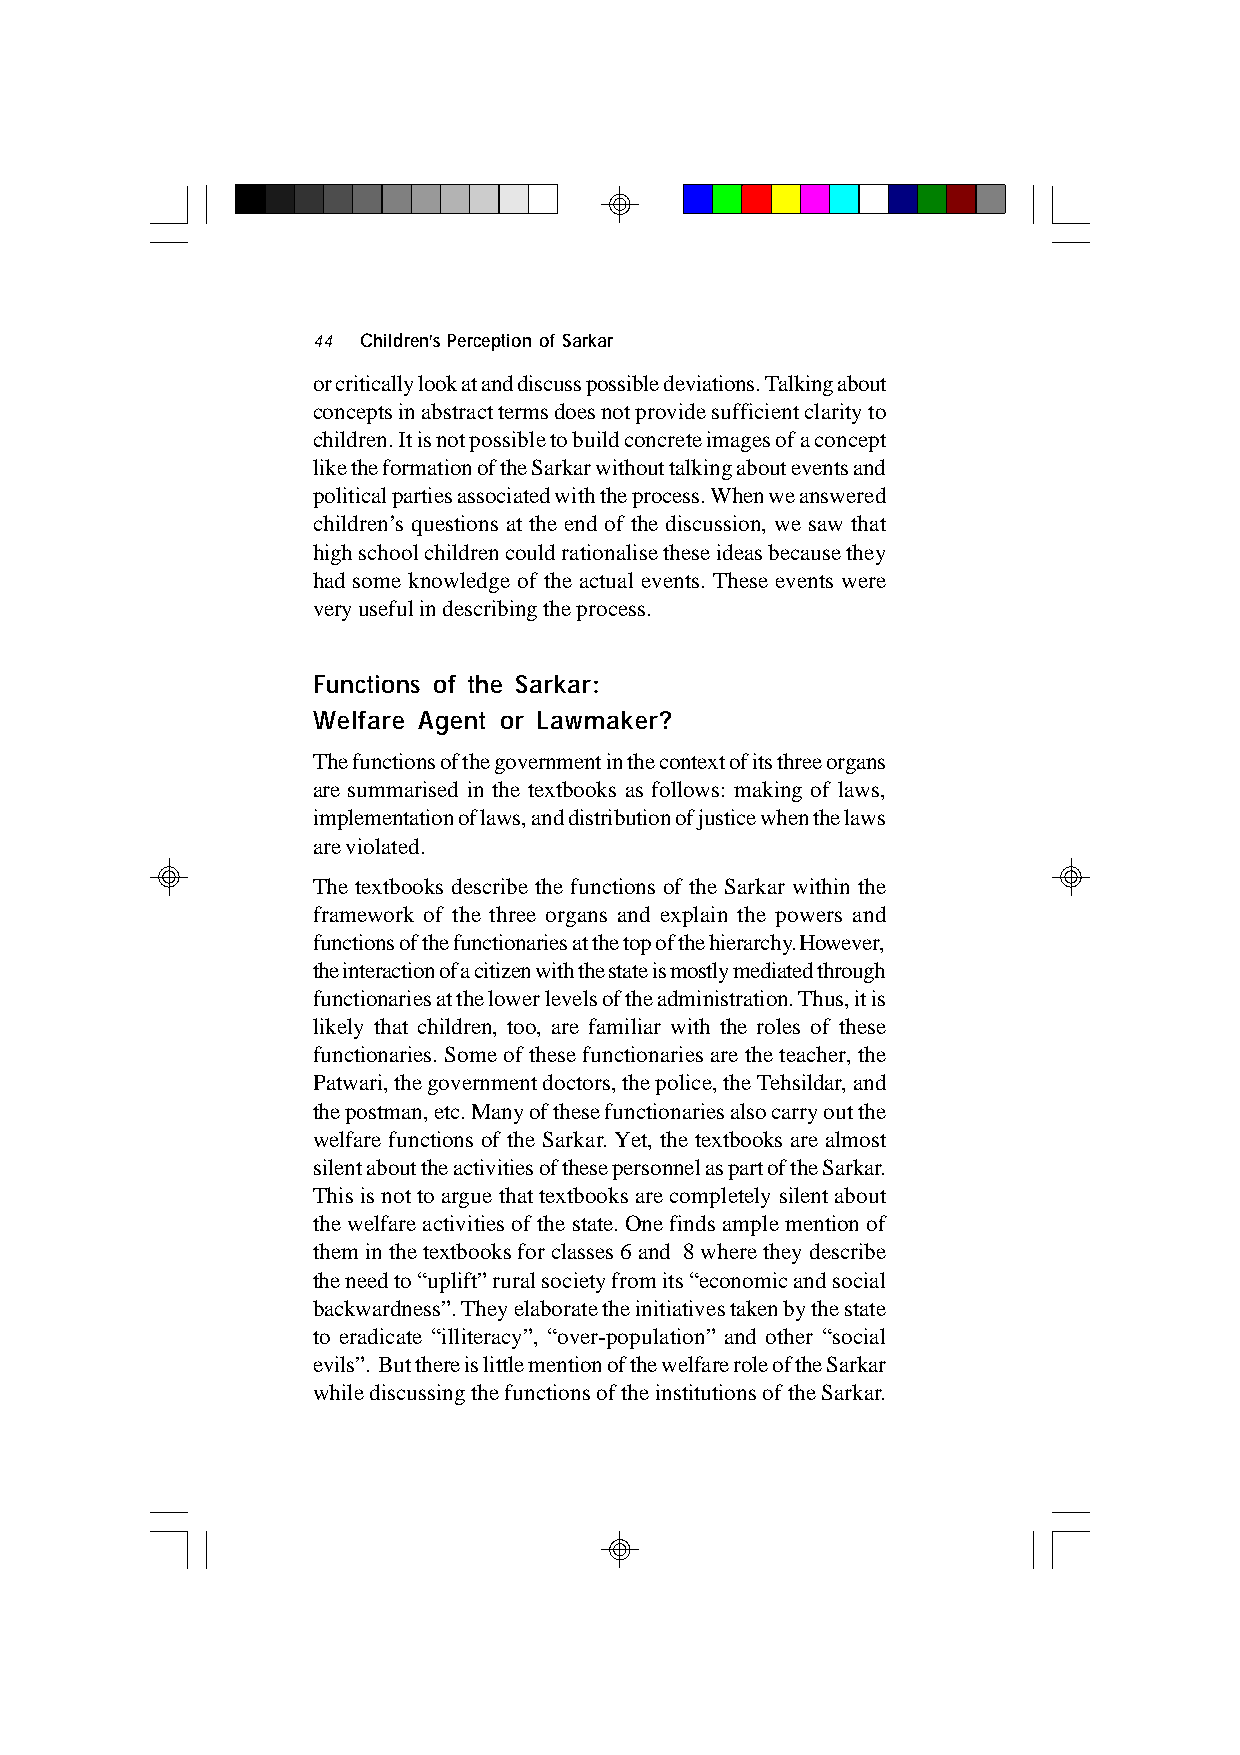
44 Children’s Perception of Sarkar
 or critically look at and discuss possible deviations. Talking about
 concepts in abstract terms does not provide sufficient clarity to
 children. It is not possible to build concrete images of a concept
 like the formation of the Sarkar without talking about events and
 political parties associated with the process. When we answered
 children’s questions at the end of the discussion, we saw that
 high school children could rationalise these ideas because they
 had some knowledge of the actual events. These events were
 very useful in describing the process.
 Functions of the Sarkar:
 Welfare Agent or Lawmaker?
 The functions of the government in the context of its three organs
 are summarised in the textbooks as follows: making of laws,
 implementation of laws, and distribution of justice when the laws
 are violated.
 The textbooks describe the functions of the Sarkar within the
 framework of the three organs and explain the powers and
 functions of the functionaries at the top of the hierarchy. However,
 the interaction of a citizen with the state is mostly mediated through
 functionaries at the lower levels of the administration. Thus, it is
 likely that children, too, are familiar with the roles of these
 functionaries. Some of these functionaries are the teacher, the
 Patwari, the government doctors, the police, the Tehsildar, and
 the postman, etc. Many of these functionaries also carry out the
 welfare functions of the Sarkar. Yet, the textbooks are almost
 silent about the activities of these personnel as part of the Sarkar.
 This is not to argue that textbooks are completely silent about
 the welfare activities of the state. One finds ample mention of
 them in the textbooks for classes 6 and 8 where they describe
 the need to “uplift” rural society from its “economic and social
 backwardness”. They elaborate the initiatives taken by the state
 to eradicate “illiteracy”, “over-population” and other “social
 evils”. But there is little mention of the welfare role of the Sarkar
 while discussing the functions of the institutions of the Sarkar.